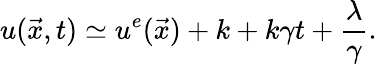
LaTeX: u(\vec{x},t)\simeq u^{e}(\vec{x})+k+k\gamma t+\frac{\lambda}{\gamma}.